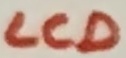
Text: LCD